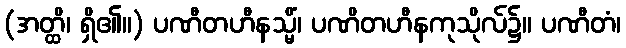
(အတ္ထိ၊ ရှိ၏။) ပဏီတဟီနသ္မိံ၊ ပဏိတဟီနကုသိုလ်၌။ ပဏီတံ၊